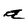
Character: a